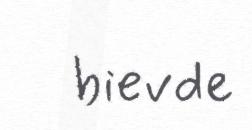
bievde